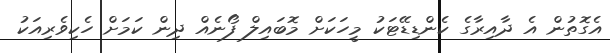
އެގޮތުން އެ ދާއިރާގެ ކެންޑިޑޭޓަކު މީހަކަށް މޮބައިލް ފޯނެއް ދިން ކަމަށް ހެކިވެރިއަކު